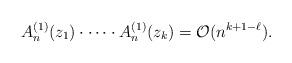
LaTeX: \begin{align*} A_n^{(1)}(z_1) \cdot \cdots \cdot A_n^{(1)}(z_k) = \mathcal{O}(n^{k+1-\ell}). \end{align*}